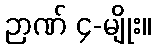
ဉာဏ် ၄-မျိုး။